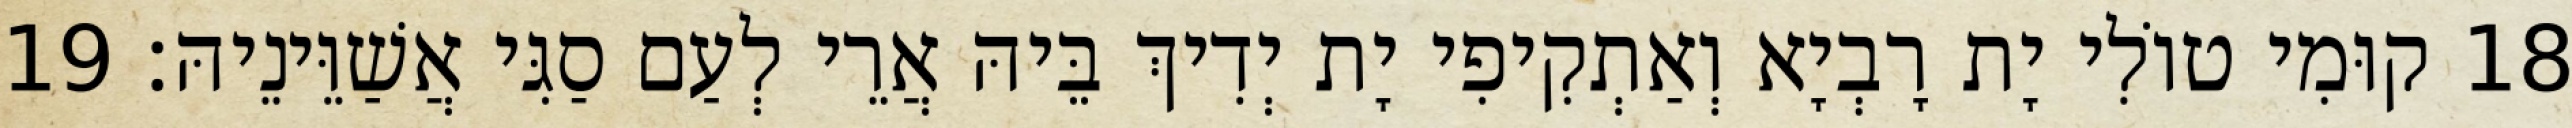
18 קוּמִי טוֹלִי יָת רָבְיָא וְאַתְקִיפִי יָת יְדִיךְ בֵּיהּ אֲרֵי לְעַם סַגִּי אֲשַׁוֵּינֵיהּ׃ 19